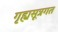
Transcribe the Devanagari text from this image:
गृह्यसूत्रगत